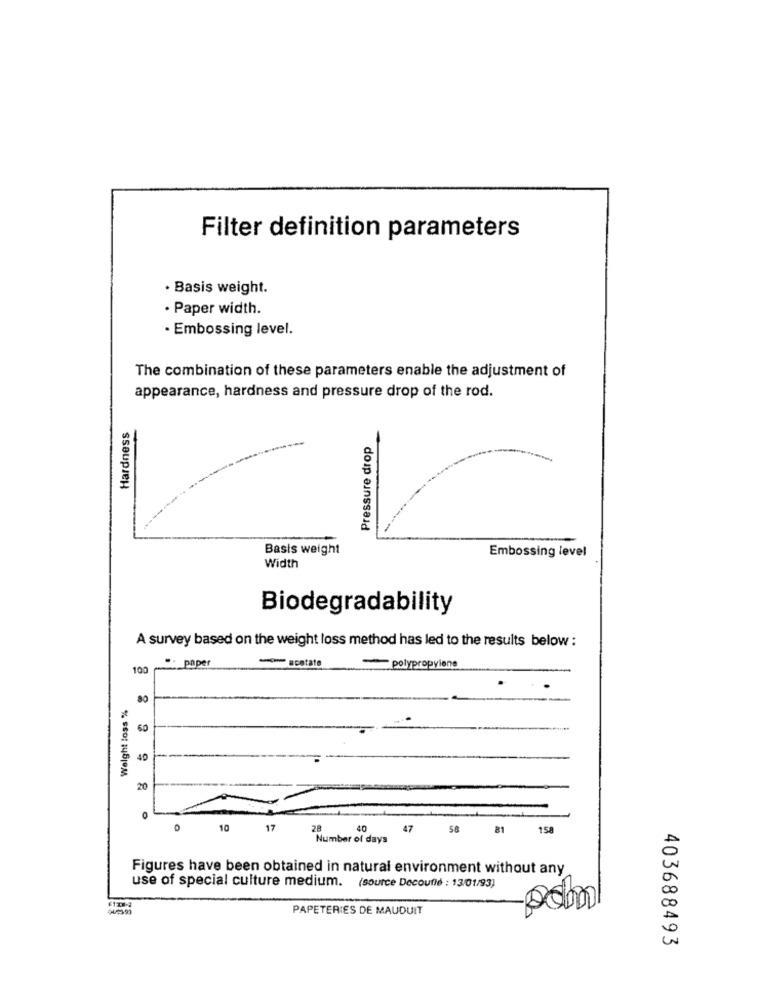
Filter definition parameters
· Basis weight.
· Paper width.
· Embossing level.
The combination of these parameters enable the adjustment of
appearance, hardness and pressure drop of the rod.
Hardness
Pressure drop
----
Basis weight
Embossing level
Width
Biodegradability
A survey based on the weight loss method has led to the results below :
100
": paper
- scatate
polypropylene
Welght loss %
80
60
40
20
10
17
40
47
58
81
158
Number of days
Figures have been obtained in natural environment without any
use of special culture medium. (source Decouflé : 13/01/93)
PAPETERIES DE MAUDUIT
403688493